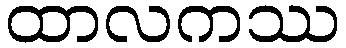
ထာလကဿ